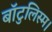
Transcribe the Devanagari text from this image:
बॉटुलिस्म।